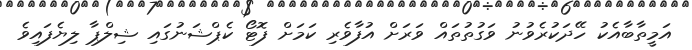
އަމީތާބާއެކު ހޭދަކުރެވުނު ވަގުތުތައް ވަރަށް އުފާވެރި ކަމަށް ފޮޓޯ ކެޕްޝަނުގައި ޝިލްޕާ ލިޔެފައިވެ